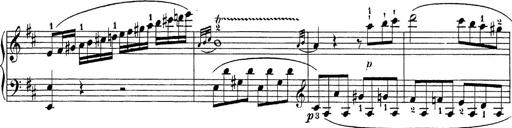
Title: Sonatina Album
Composer: Louis KÃ¶hler